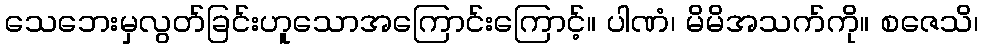
သေဘေးမှလွတ်ခြင်းဟူသောအကြောင်းကြောင့်။ ပါဏံ၊ မိမိအသက်ကို။ စဇေသိ၊